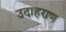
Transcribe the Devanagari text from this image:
उदाहराण